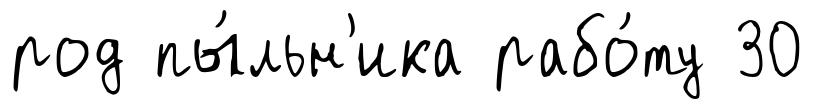
род пы́льн'ика рабо́ту 30